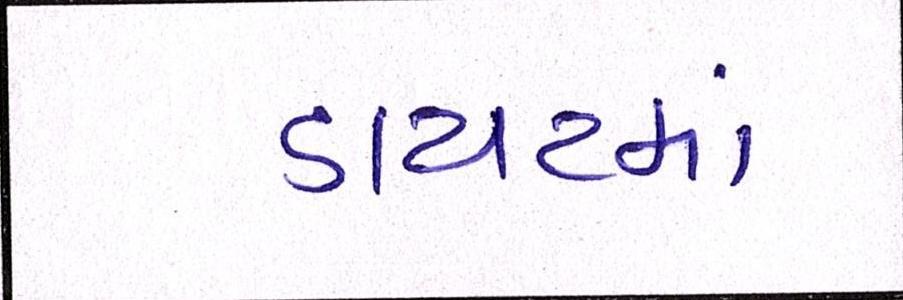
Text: ડાયટમાં